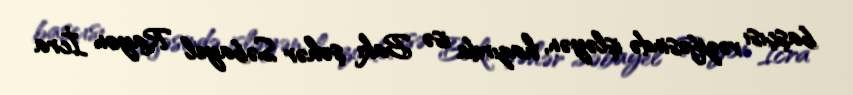
başçısı vəzifəsində işləyən, hazırda isə Bakı şəhər Səbayel Rayon İcra